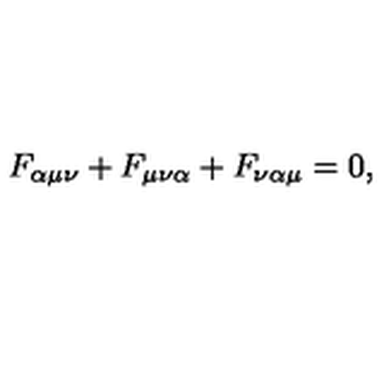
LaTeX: F _ { \alpha \mu \nu } + F _ { \mu \nu \alpha } + F _ { \nu \alpha \mu } = 0 ,